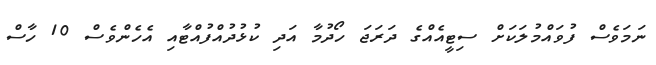
ނަމަވެސް ފުވައްމުލަކަށް ސިޓީއެއްގެ ދަރަޖަ ހޯދުމާ އަދި ކުޅުދުއްފުއްޓާއި އެހެންވެސް 10 ހާސް